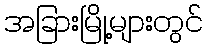
အခြားမြို့များတွင်